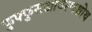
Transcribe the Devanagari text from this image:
फुफ्फुसआवरणशोथ